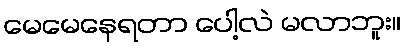
မေမေနေရတာ ပေါ့လဲ မလာဘူး။